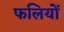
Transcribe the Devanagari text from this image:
फलियों